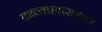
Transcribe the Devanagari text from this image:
काव्यप्रवासाकडे